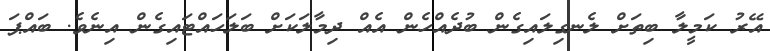
އޭރު ކަމީލާ ބިތަށް ލެނގިލައިގެން ބުދެއްހެން އެއް ދިމާލަކަށް ބަލަހައްޓައިގެން އިނެވެ. ބައްޕަ